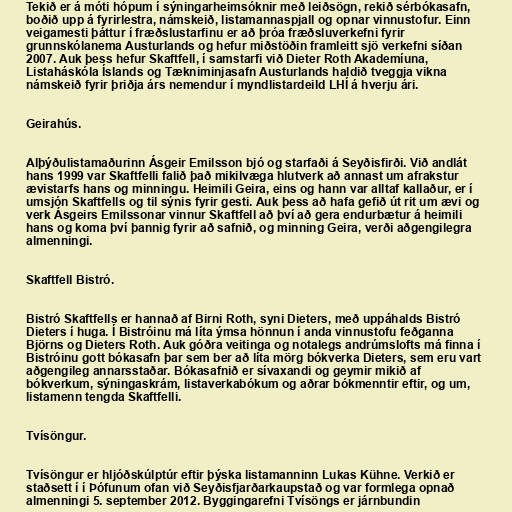
Tekið er á móti hópum í sýningarheimsóknir með leiðsögn, rekið sérbókasafn,
boðið upp á fyrirlestra, námskeið, listamannaspjall og opnar vinnustofur. Einn
veigamesti þáttur í fræðslustarfinu er að þróa fræðsluverkefni fyrir
grunnskólanema Austurlands og hefur miðstöðin framleitt sjö verkefni síðan
2007. Auk þess hefur Skaftfell, í samstarfi við Dieter Roth Akademíuna,
Listaháskóla Íslands og Tækniminjasafn Austurlands haldið tveggja vikna
námskeið fyrir þriðja árs nemendur í myndlistardeild LHÍ á hverju ári.

Geirahús.

Alþýðulistamaðurinn Ásgeir Emilsson bjó og starfaði á Seyðisfirði. Við andlát
hans 1999 var Skaftfelli falið það mikilvæga hlutverk að annast um afrakstur
ævistarfs hans og minningu. Heimili Geira, eins og hann var alltaf kallaður, er í
umsjón Skaftfells og til sýnis fyrir gesti. Auk þess að hafa gefið út rit um ævi og
verk Ásgeirs Emilssonar vinnur Skaftfell að því að gera endurbætur á heimili
hans og koma því þannig fyrir að safnið, og minning Geira, verði aðgengilegra
almenningi.

Skaftfell Bistró.

Bistró Skaftfells er hannað af Birni Roth, syni Dieters, með uppáhalds Bistró
Dieters í huga. Í Bistróinu má líta ýmsa hönnun í anda vinnustofu feðganna
Björns og Dieters Roth. Auk góðra veitinga og notalegs andrúmslofts má finna í
Bistróinu gott bókasafn þar sem ber að líta mörg bókverka Dieters, sem eru vart
aðgengileg annarsstaðar. Bókasafnið er sívaxandi og geymir mikið af
bókverkum, sýningaskrám, listaverkabókum og aðrar bókmenntir eftir, og um,
listamenn tengda Skaftfelli.

Tvísöngur.

Tvísöngur er hljóðskúlptúr eftir þýska listamanninn Lukas Kühne. Verkið er
staðsett í í Þófunum ofan við Seyðisfjarðarkaupstað og var formlega opnað
almenningi 5. september 2012. Byggingarefni Tvísöngs er járnbundin